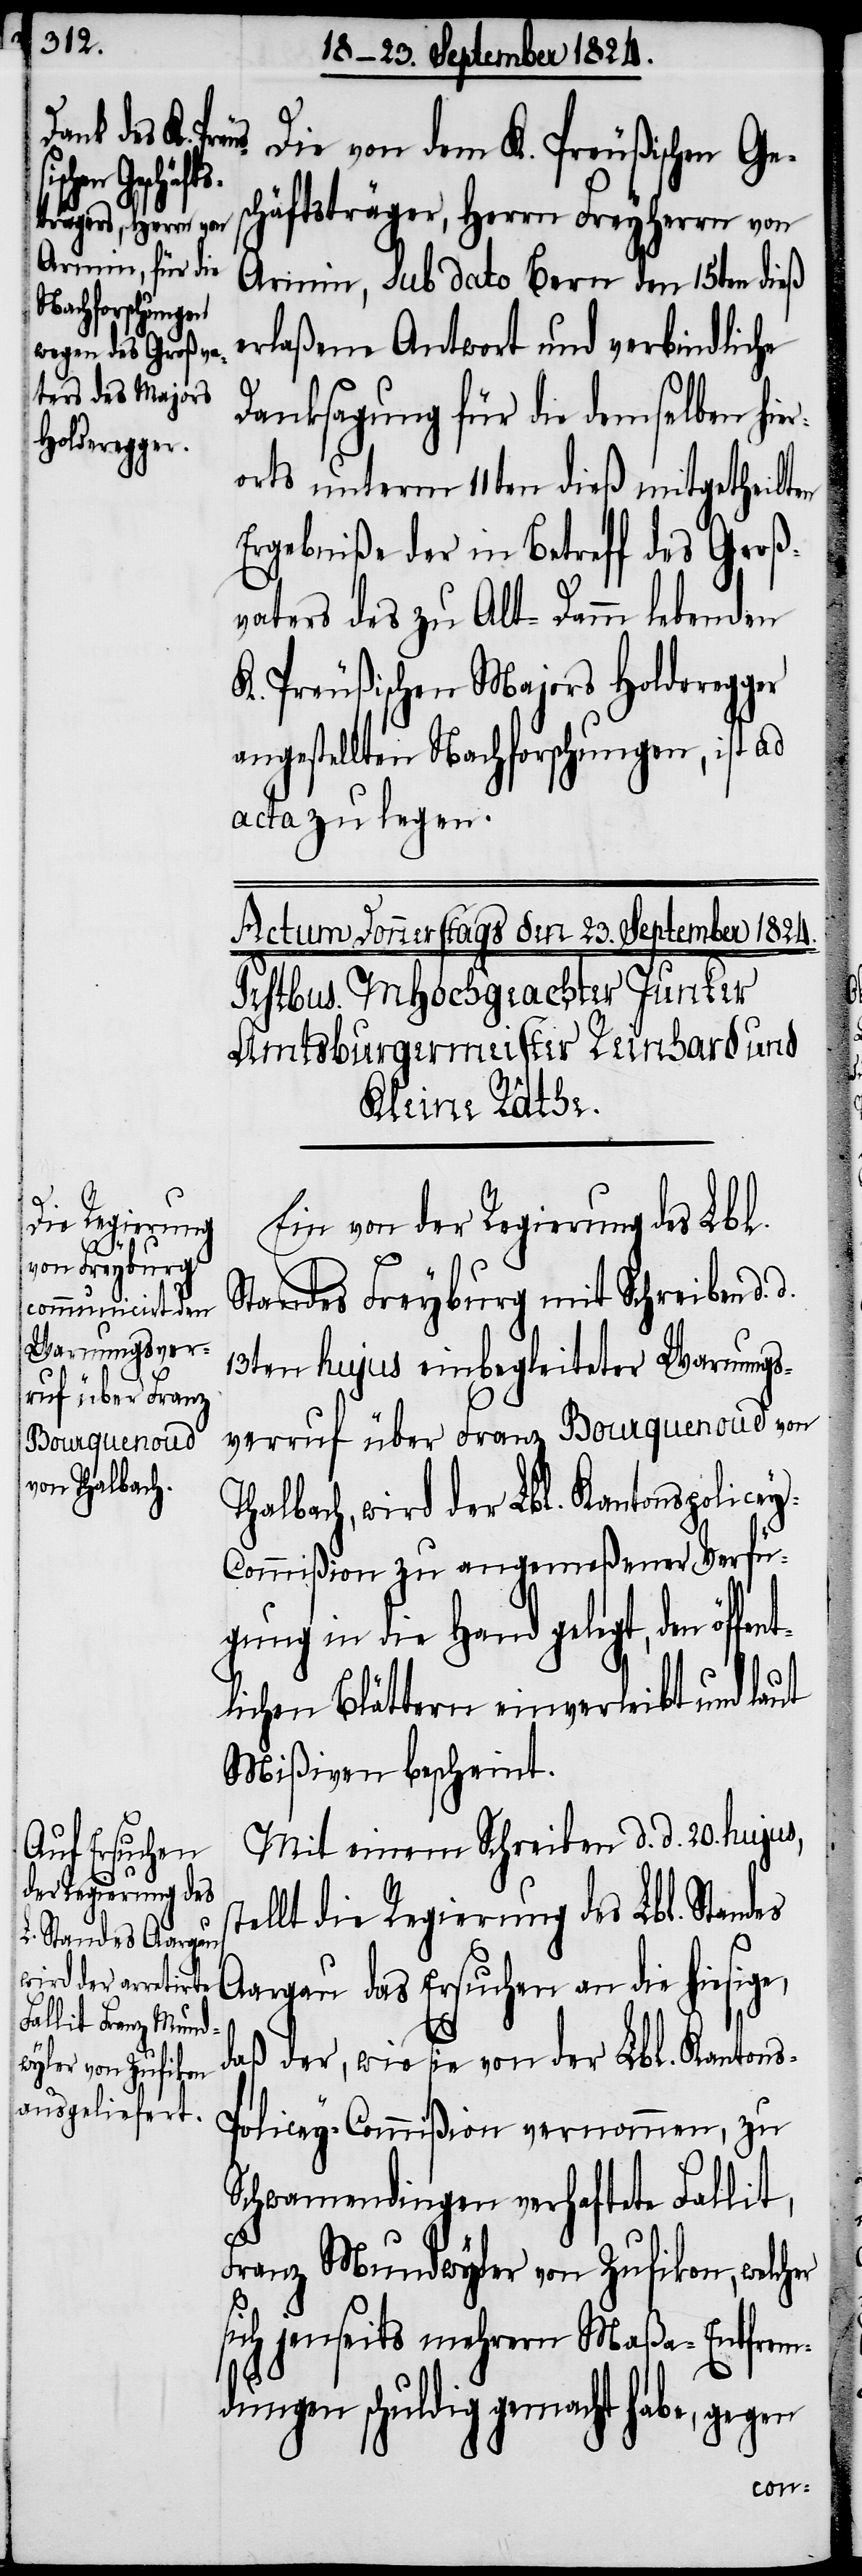
Die von dem K. Preußischen Ge¬
schäftsträger, Herrn Freyherrn von
Arnim, sub dato Bern den 15ten dieß
erlaßene Antwort und verbindliche
Danksagung für die demselben hie¬
rorts unterm 11ten dieß mitgetheilten
Ergebniße der in Betreff des Groß¬
vaters des zu Alt-Damm lebenden
K. Preußischen Majors Holderegger
angestellten Nachforschungen, ist ad
acta zu legen.
Ein von der Regierung des Lbl.
Standes Freyburg mit Schreiben d.
13ten hujus einbegleiteter Warnungs¬
verruf über Franz Bourquenoud von
Thalbach, wird der Lbl. Kantonspolice¬
y-Commißion zu angemeßener Verfü¬
gung in die Hand gelegt, den öffe¬
lichen Blättern einverleibt und laut
Mißiven bescheint.
Mit einem Schreiben d. d. 20. hujus,
tellt die Regierung des Lbl. Standes
Aargau das Ersuchen an die hiesige,
daß der, wie sei von der Lbl. Kanton¬
s-Policey-Commißion vernommen, zu
Schwamendingen verhaftete Fallit,
Franz Mundwyler von Zufikon, welcher
sich jenseits mehrern Maßa-Entfrem¬
dungen schuldig gemacht habe, gegen
s¬